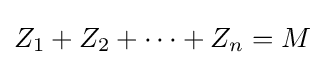
Z_{1}+Z_{2}+\dots +Z_{n}=M